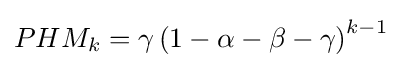
PHM_{k}=\gamma \left(1-\alpha -\beta -\gamma \right)^{k-1}